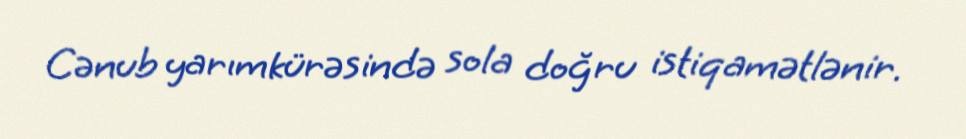
Cənub yarımkürəsində sola doğru istiqamətlənir.